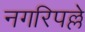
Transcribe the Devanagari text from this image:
नगरिपल्ले